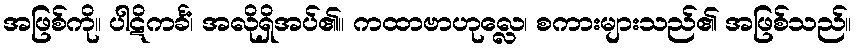
အဖြစ်ကို။ ပါဋိကင်္ခံ၊ အလိုရှိအပ်၏။ ကထာဗာဟုလ္လေ၊ စကားများသည်၏ အဖြစ်သည်။